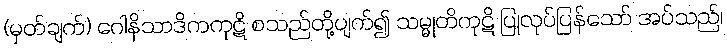
(မှတ်ချက်) ဂေါနိသာဒိကကုဋိ စသည်တို့ပျက်၍ သမ္မုတိကုဋိ ပြုလုပ်ပြန်သော် အပ်သည်၊